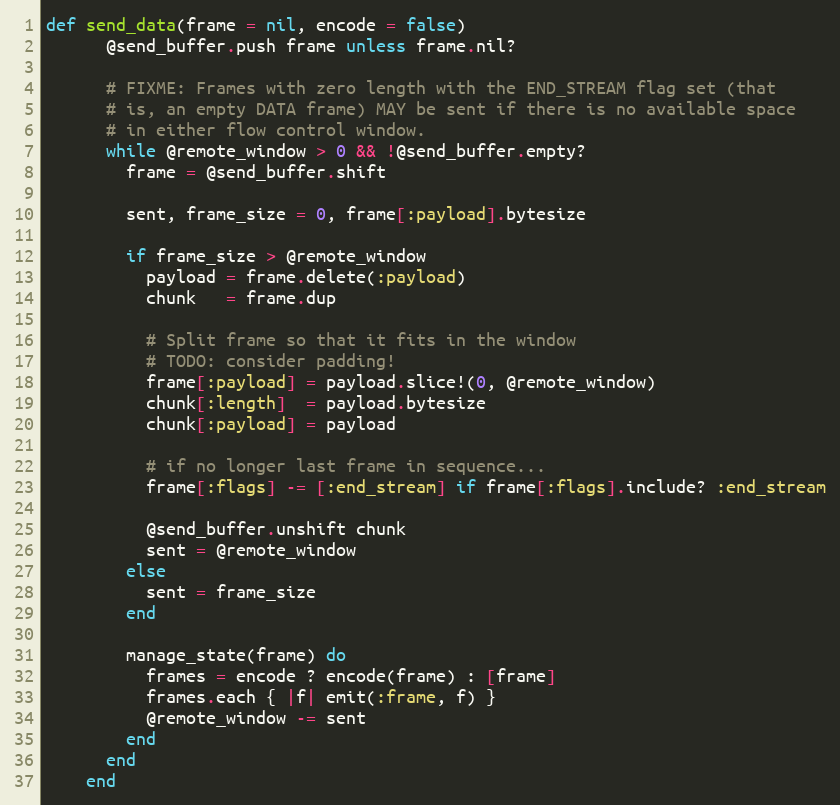
Language: Ruby
def send_data(frame = nil, encode = false)
      @send_buffer.push frame unless frame.nil?

      # FIXME: Frames with zero length with the END_STREAM flag set (that
      # is, an empty DATA frame) MAY be sent if there is no available space
      # in either flow control window.
      while @remote_window > 0 && !@send_buffer.empty?
        frame = @send_buffer.shift

        sent, frame_size = 0, frame[:payload].bytesize

        if frame_size > @remote_window
          payload = frame.delete(:payload)
          chunk   = frame.dup

          # Split frame so that it fits in the window
          # TODO: consider padding!
          frame[:payload] = payload.slice!(0, @remote_window)
          chunk[:length]  = payload.bytesize
          chunk[:payload] = payload

          # if no longer last frame in sequence...
          frame[:flags] -= [:end_stream] if frame[:flags].include? :end_stream

          @send_buffer.unshift chunk
          sent = @remote_window
        else
          sent = frame_size
        end

        manage_state(frame) do
          frames = encode ? encode(frame) : [frame]
          frames.each { |f| emit(:frame, f) }
          @remote_window -= sent
        end
      end
    end